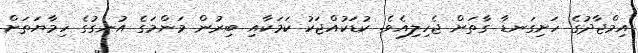
އިމްޖާދުގެ ހަށިގަނޑާ ގާތަށް ޖެހިލިއެވެ. ކުޑަކުއްޖަކު ކަމަކާއި ބިރުން މަންމަގެ އުނގުގެ ހިމާޔަތަށް